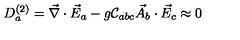
D _ { a } ^ { ( 2 ) } = \vec { \nabla } \cdot \vec { E } _ { a } - g { \cal C } _ { a b c } \vec { A } _ { b } \cdot \vec { E } _ { c } \approx 0